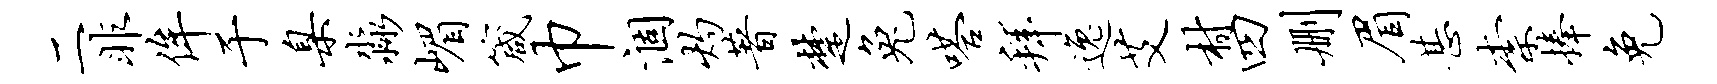
二非侔于臬淼嵋箴巾涸灼著楚兔嗒拜逸艾村四删眉甚柰捧免